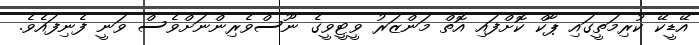
އޭޑީކޭ ކުރިމަތީގައި ޕާކް ކޮށްފައި އޮތް މަންޒަރު ވީޓީވީގެ ނޫސްވެރިންނަށްވެސް ވަނީ ފެނިފައެވެ.